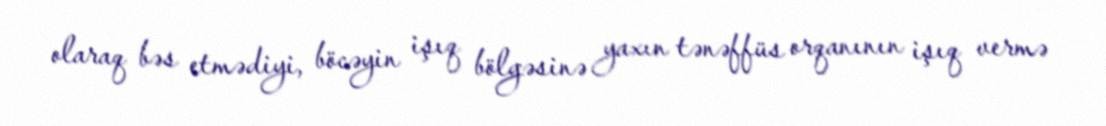
olaraq bəs etmədiyi, böcəyin işıq bölgəsinə yaxın tənəffüs orqanının işıq vermə